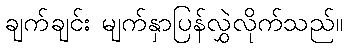
ချက်ချင်း မျက်နှာပြန်လွှဲလိုက်သည်။